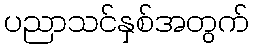
ပညာသင်နှစ်အတွက်